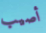
أصيب